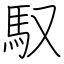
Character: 馭